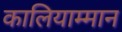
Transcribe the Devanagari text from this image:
कालियाम्मान